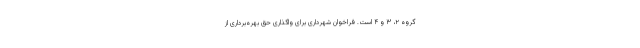
گروه ۲، ۳ و ۴ است. فراخوان شهرداری برای واگذاری حق بهره‌برداری از